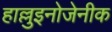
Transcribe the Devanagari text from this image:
हाल्लुइनोजेनीक